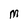
Character: M